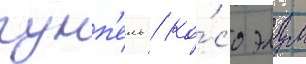
гумп'ель / ко́со элул